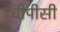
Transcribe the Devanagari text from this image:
वीपीसी